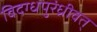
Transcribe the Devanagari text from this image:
विदग्धपुरंध्रीवत्